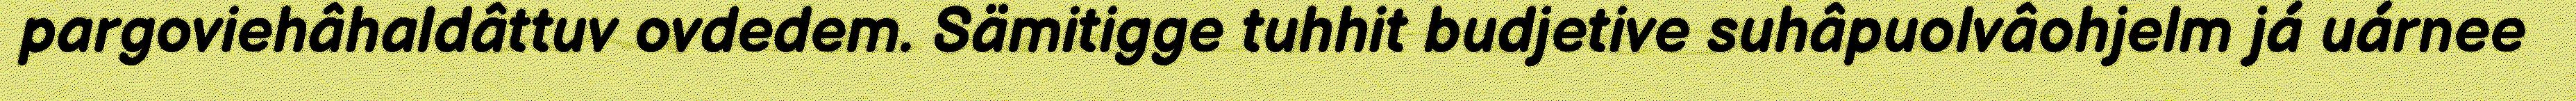
pargoviehâhaldâttuv ovdedem. Sämitigge tuhhit budjetive suhâpuolvâohjelm já uárnee